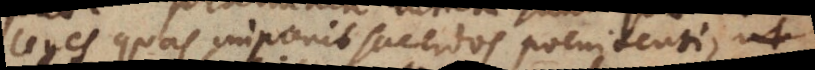
leges quas imponit sacerdos poenitenti,